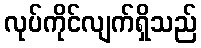
လုပ်ကိုင်လျက်ရှိသည်